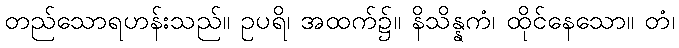
တည်သောရဟန်းသည်။ ဥပရိ၊ အထက်၌။ နိသိန္နကံ၊ ထိုင်နေသော။ တံ၊